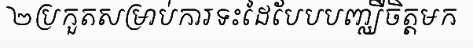
២ប្រកួតសម្រាប់ការទះដៃបែបបញ្ឈឺចិត្តមក